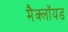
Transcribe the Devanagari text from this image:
मैक्लॉयड